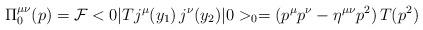
LaTeX: \begin{align*}{\Pi}_0^{\mu \nu}(p) = {\cal F} <0|T j^{\mu}(y_1) \, j^{\nu}(y_2)|0>_0 = (p^{\mu} p^{\nu} - \eta^{\mu \nu} p^2) \, T(p^2) \end{align*}